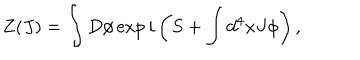
Z ( J ) = \int D \phi \exp i \left( S + \int d ^ { 4 } x J \phi \right) ,